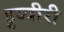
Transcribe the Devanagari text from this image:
हुज्वीरी